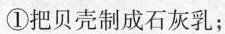
①把贝壳制成石灰乳；